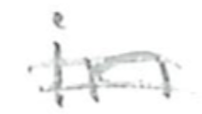
Text: in
Cross-out: double-line
Writing tool: pencil